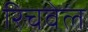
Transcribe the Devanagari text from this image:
रिचवेल